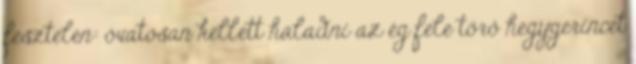
fesztelen: óvatosan kellett haladni az ég fele törő hegygerincet